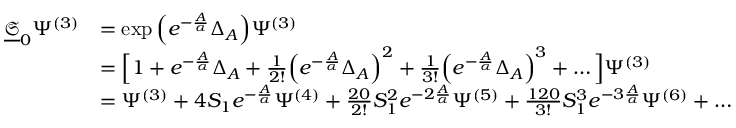
\begin{array} { r l } { \underline { { \mathfrak { S } } } _ { 0 } \Psi ^ { ( 3 ) } } & { = \exp \Big ( e ^ { - \frac { A } { \alpha } } \Delta _ { A } \Big ) \Psi ^ { ( 3 ) } } \\ & { = \Big [ 1 + e ^ { - \frac { A } { \alpha } } \Delta _ { A } + \frac { 1 } { 2 ! } \Big ( e ^ { - \frac { A } { \alpha } } \Delta _ { A } \Big ) ^ { 2 } + \frac { 1 } { 3 ! } \Big ( e ^ { - \frac { A } { \alpha } } \Delta _ { A } \Big ) ^ { 3 } + \ldots \Big ] \Psi ^ { ( 3 ) } } \\ & { = \Psi ^ { ( 3 ) } + 4 S _ { 1 } e ^ { - \frac { A } { \alpha } } \Psi ^ { ( 4 ) } + \frac { 2 0 } { 2 ! } S _ { 1 } ^ { 2 } e ^ { - 2 \frac { A } { \alpha } } \Psi ^ { ( 5 ) } + \frac { 1 2 0 } { 3 ! } S _ { 1 } ^ { 3 } e ^ { - 3 \frac { A } { \alpha } } \Psi ^ { ( 6 ) } + \ldots } \end{array}